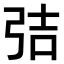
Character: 𭚬